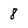
Character: 8